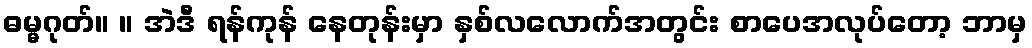
ဓမ္မဂုတ်။ ။ အဲဒီ ရန်ကုန် နေတုန်းမှာ နှစ်လလောက်အတွင်း စာပေအလုပ်တော့ ဘာမှ